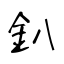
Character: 釟